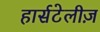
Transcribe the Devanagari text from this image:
हार्सटेलीज़